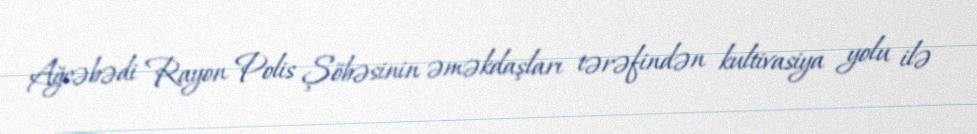
Ağcəbədi Rayon Polis Şöbəsinin əməkdaşları tərəfindən kultivasiya yolu ilə